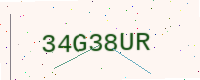
Text: 34G38UR